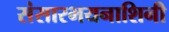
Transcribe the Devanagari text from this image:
संसारभयनाशिनी